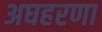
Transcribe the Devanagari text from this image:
अघहरणा